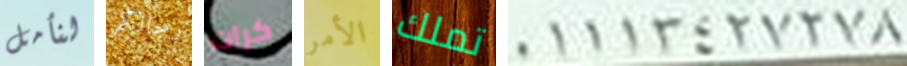
لنأمل رجالكم كرات الأمر تملك 01113427278